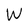
Character: W